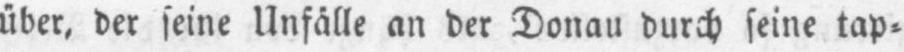
über, der seine Unfälle an der Donau durch seine tap⸗